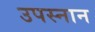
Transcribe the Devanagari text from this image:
उपस्नान